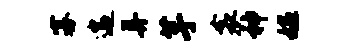
寡遄弄芋衾神媪